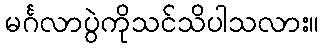
မင်္ဂလာပွဲကိုသင်သိပါသလား။